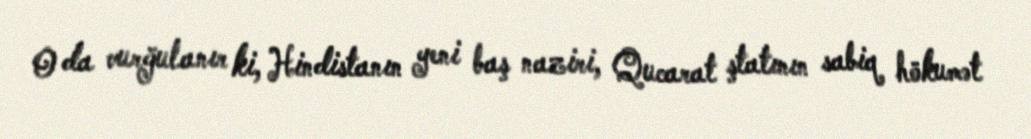
O da vurğulanır ki, Hindistanın yeni baş naziri, Qucarat ştatının sabiq hökumət